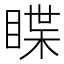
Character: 䁋